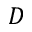
D